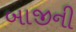
બાજીની